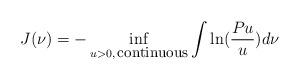
LaTeX: \begin{align*}J(\nu)=-\inf_{u>0,\,\mbox{\small continuous}}\int\ln(\frac {Pu}u)d\nu\end{align*}